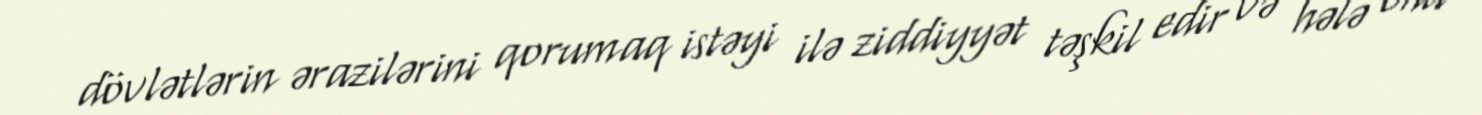
dövlətlərin ərazilərini qorumaq istəyi ilə ziddiyyət təşkil edir və hələ onu